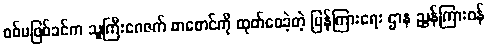
စစ်မဖြစ်ခင်က သူကြီးဂေဇက် စာစောင်ကို ထုတ်ဝေခဲ့တဲ့ ပြန်ကြားရေး ဌာန ညွှန်ကြားဝန်